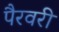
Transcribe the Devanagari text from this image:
पैरवरी